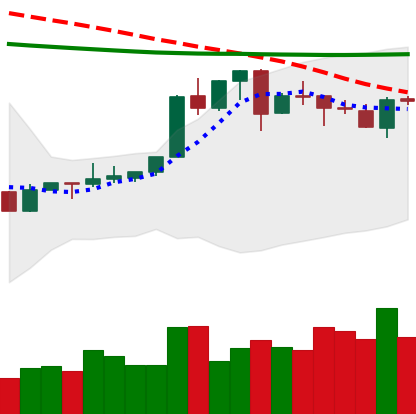
Ticker: XLM-USD
Chart end date: 2020-04-17
Forward return: 11.702%
Label: up_7plus